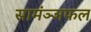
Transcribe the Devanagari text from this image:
सामंञ्ञफल